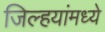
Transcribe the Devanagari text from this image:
जिल्हयांमध्ये